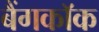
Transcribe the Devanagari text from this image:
बैंगकाॅक